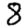
Digit: 8